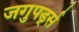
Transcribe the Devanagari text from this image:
जगुपर्ड्स